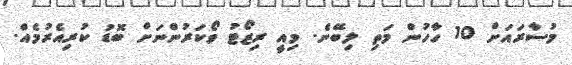
މުސާރައަށް 10 ހާހުން މަތި ލިބޭނެ. މިއީ ރިޒޯޓު ވޯކަރުންނަށް ބޮޑު ކުރިއެރުމެއް.